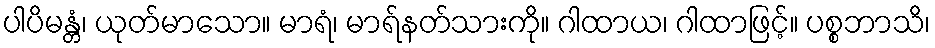
ပါပိမန္တံ၊ ယုတ်မာသော။ မာရံ၊ မာရ်နတ်သားကို။ ဂါထာယ၊ ဂါထာဖြင့်။ ပစ္စဘာသိ၊